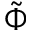
\tilde { \Phi }